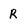
Character: R